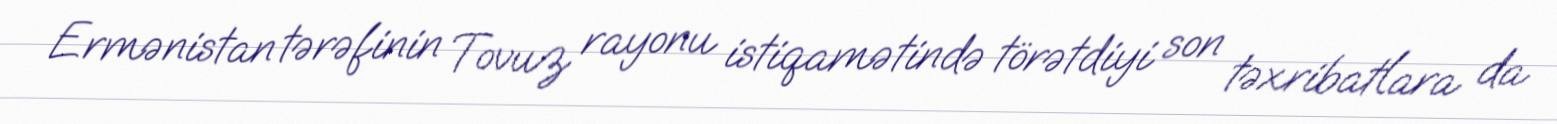
Ermənistan tərəfinin Tovuz rayonu istiqamətində törətdiyi son təxribatlara da